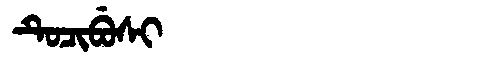
Manchu: ᡨᡠᠴᡳᠪᡠᠰᡳ
Romanization: TUCIBUSI